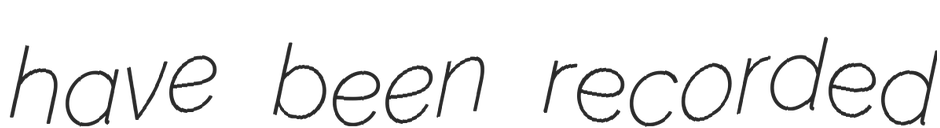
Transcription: have been recorded